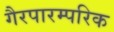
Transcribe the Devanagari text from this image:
गैरपारम्परिक